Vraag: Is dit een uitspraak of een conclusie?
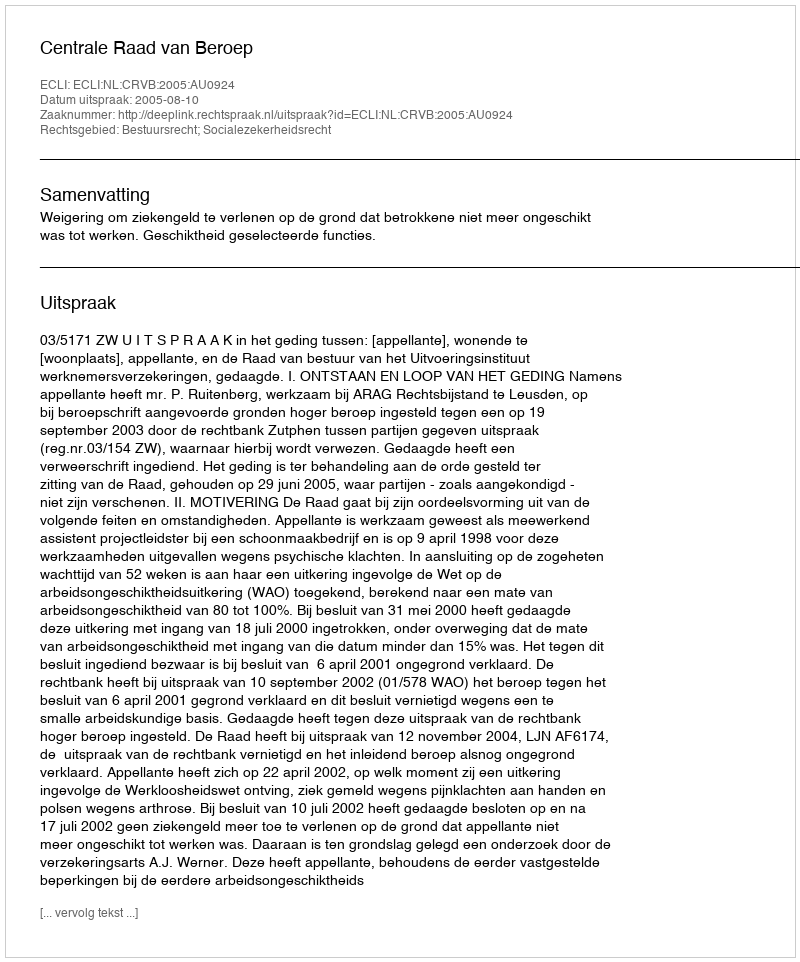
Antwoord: Uitspraak